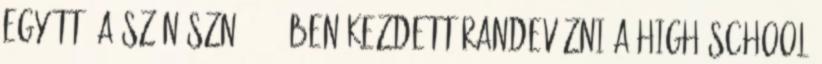
együtt. A színésznő 2005-ben kezdett randevúzni a High School